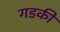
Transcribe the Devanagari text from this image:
गडकी